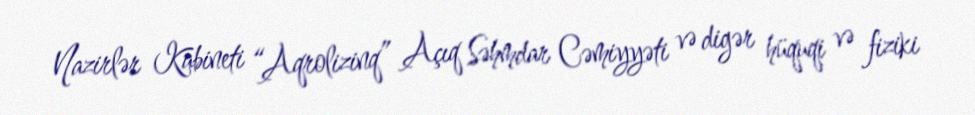
Nazirlər Kabineti “Aqrolizinq” Açıq Səhmdar Cəmiyyəti və digər hüquqi və fiziki